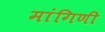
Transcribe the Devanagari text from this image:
मांगिणी